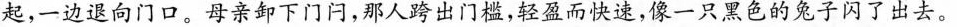
起，一边退向门口。母亲卸下门闩，那人跨出门槛，轻盈而快速，像一只黑色的兔子闪了出去。